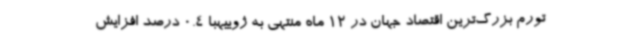
تورم بزرگ‌ترین اقتصاد جهان در 12 ماه منتهی به ژوییهبا 0.4 درصد افزایش